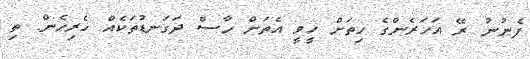
ފެނުނު ރޭ އަހަރެންގެ ހިތަށް ހީވީ އެތަށް ހާސް ދަގަނޑުތަކެއް ހެރިހެން. ތި